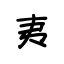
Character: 夷